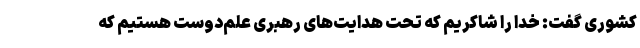
کشوری گفت: خدا را شاکریم که تحت هدایت‌های رهبری علم‌دوست هستیم که